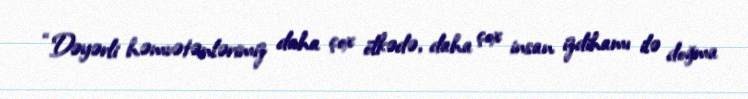
“Dəyərli həmvətənlərimiz daha çox ölkədə, daha çox insan izdihamı ilə doğma